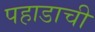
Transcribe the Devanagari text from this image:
पहाडाची